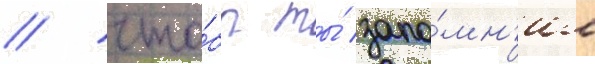
/ что́бы ты́ запо́мн'ил